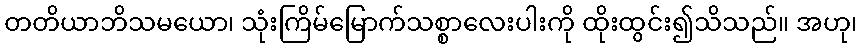
တတိယာဘိသမယော၊ သုံးကြိမ်မြောက်သစ္စာလေးပါးကို ထိုးထွင်း၍သိသည်။ အဟု၊